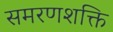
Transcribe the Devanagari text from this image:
समरणशक्ति